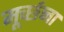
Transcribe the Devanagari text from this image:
मूर्च्छना